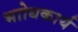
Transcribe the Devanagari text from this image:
भाोधकार्य